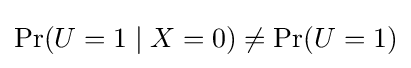
\Pr(U=1\mid X=0)\neq \Pr(U=1)